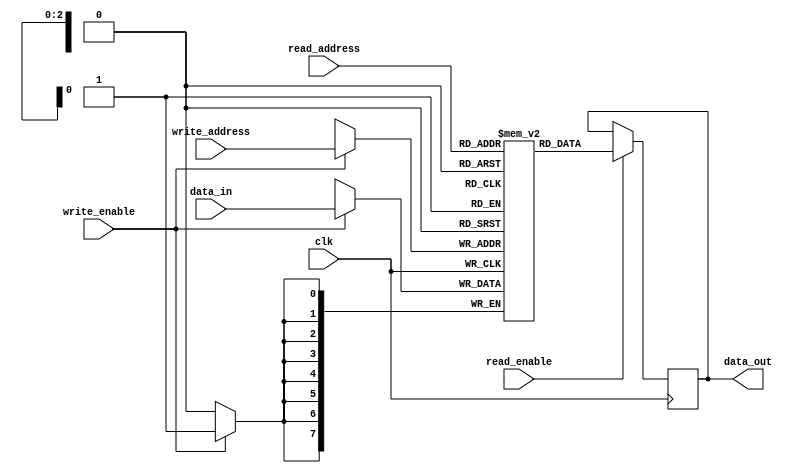
module register_file (
    input wire [7:0] data_in,
    input wire [2:0] read_address,
    input wire [2:0] write_address,
    input wire read_enable,
    input wire write_enable,
    input wire clk,
    output reg [7:0] data_out
);

reg [7:0] registers [0:7];

always @(posedge clk) begin
    if (write_enable) begin
        registers[write_address] <= data_in;
    end
    
    if (read_enable) begin
        data_out <= registers[read_address];
    end
end

endmodule